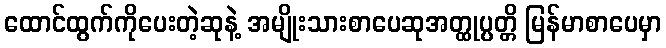
ထောင်ထွက်ကိုပေးတဲ့ဆုနဲ့ အမျိုးသားစာပေဆုအတ္ထုပ္ပတ္တိ မြန်မာစာပေမှာ